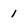
Character: 1